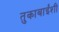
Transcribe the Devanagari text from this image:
तुकाबाईंशी